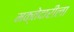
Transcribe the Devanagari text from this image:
मक्तेदारीला